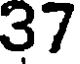
37